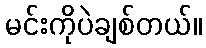
မင်းကိုပဲချစ်တယ်။